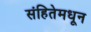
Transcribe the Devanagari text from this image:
संहितेमधून